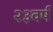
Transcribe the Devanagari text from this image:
२३वर्ष